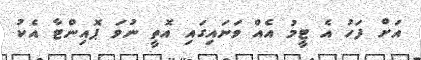
އަށް ފަހު އެ ޓީމު އެއް ވަނައިގައި އޮތީ ނުވަ ޕޮއިންޓާ އެކު